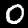
Digit: 0